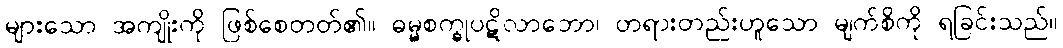
များသော အကျိုးကို ဖြစ်စေတတ်၏။ ဓမ္မစက္ခုပဋိလာဘော၊ တရားတည်းဟူသော မျက်စိကို ရခြင်းသည်။